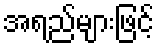
အရည်များဖြင့်